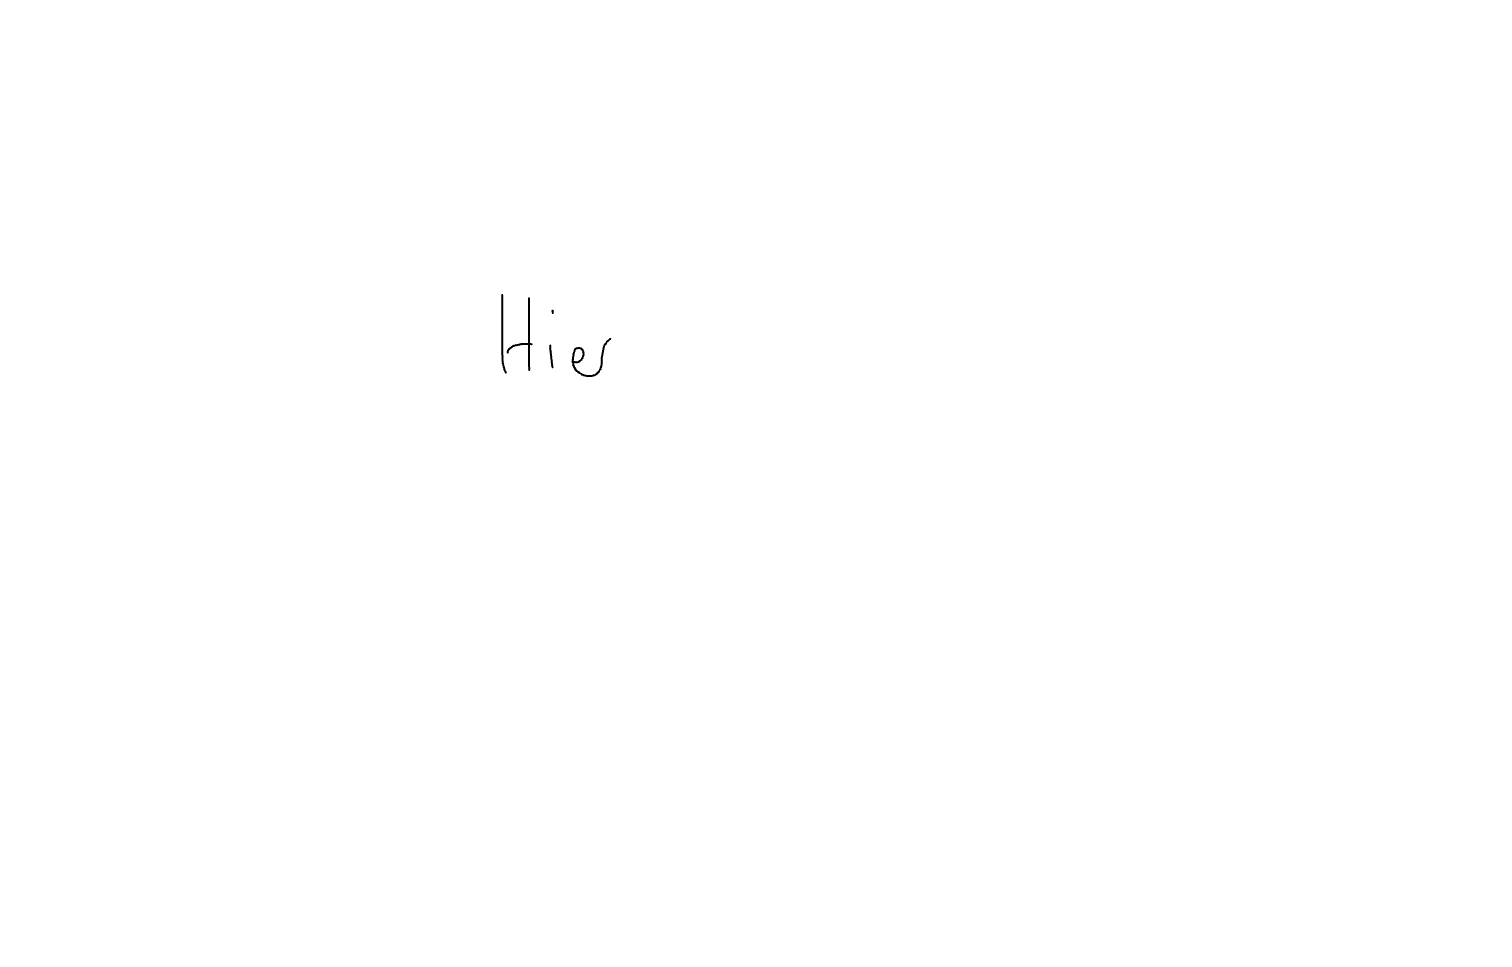
Text: Hier